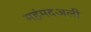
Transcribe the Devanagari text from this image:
महंमदअली